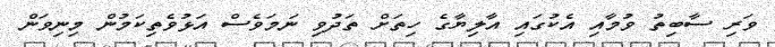
ވަރި ސާބިތު ވުމާއި އެކުގައި އާލިޔާގެ ހިތަށް ތަދުވި ނަމަވެސް އަޅުވެތިކަމުން މިނިވަން